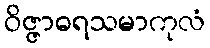
ဝိဇ္ဇာဓရသမာကုလံ